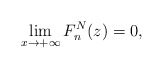
\begin{gather*} \lim_{x\rightarrow +\infty} F_{n}^{N}(z)=0,\end{gather*}